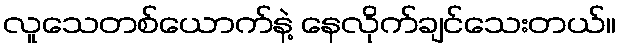
လူသေတစ်ယောက်နဲ့ နေလိုက်ချင်သေးတယ်။